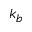
k _ { b }